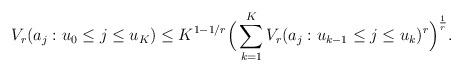
LaTeX: \begin{align*}V_r(a_j : u_0 \leq j \leq u_K) \leq K^{1-1/r} \Big( \sum_{k = 1}^K V_r(a_j : u_{k-1} \leq j \leq u_k)^r\Big)^\frac{1}{r}.\end{align*}